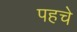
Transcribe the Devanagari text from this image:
पहचे